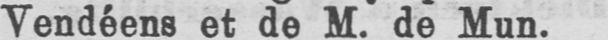
Vendéens et de M. de Mun.